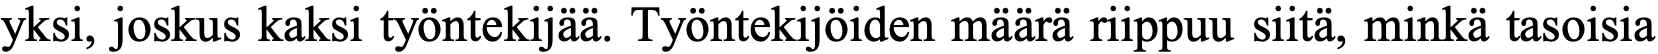
yksi, joskus kaksi työntekijää. Työntekijöiden määrä riippuu siitä, minkä tasoisia